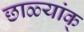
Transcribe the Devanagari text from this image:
छाळ्यांक्